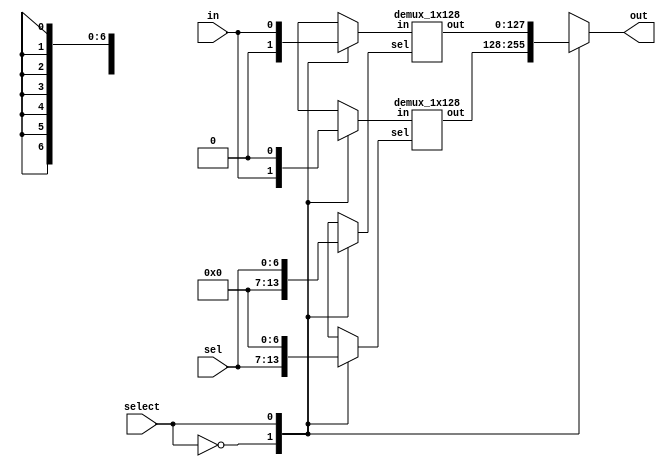
module demux_128_2 (in,sel,out,select);
    input in;
    input [6:0]sel;
    output [127:0]out;
    input select;
    
    reg in_internal0, in_internal1;
    reg [6:0] sel_internal0, sel_internal1;
    wire [127:0] out_internal0, out_internal1 ;
    reg [127:0] out_t;
    always @(*)
    begin
        case(select)
        1'b0:
        begin
            in_internal0  = in;
            sel_internal0 = sel;
            out_t = out_internal0;
            in_internal1  =  0;
            sel_internal1 = 0;
        end
        1'b1:
        begin
            in_internal0  = 0;
            sel_internal0 = 0;
            in_internal1  =  in;
            sel_internal1 = sel;
            out_t = out_internal1;
        end  
    endcase
    end
       
    
    demux_1x128 inst0(
        .in(in_internal0),
        .sel(sel_internal0),
        .out(out_internal0)
        );
        demux_1x128 inst1(
            .in(in_internal1),
            .sel(sel_internal1),
            .out(out_internal1)
            );
    assign out =out_t;
endmodule

module demux_1x128 (in,sel,out);
input in;
input [6:0] sel;
output [127:0] out;
wire [1:0] out_w;

demux_1x2 d128_0(.in(in),.sel(sel[6]),.out(out_w[1:0]));
demux_1x64 d128_1(.in(out_w[0]),.sel(sel[5:0]),.out(out[63:0]));
demux_1x64 d128_2(.in(out_w[1]),.sel(sel[5:0]),.out(out[127:64]));

endmodule

module demux_1x64 (in,sel,out);
input in;
input [5:0] sel;
output [63:0] out;
wire [1:0] out_w;

demux_1x2 d64_0(.in(in),.sel(sel[5]),.out(out_w[1:0]));
demux_1x32 d64_1(.in(out_w[0]),.sel(sel[4:0]),.out(out[31:0]));
demux_1x32 d64_2(.in(out_w[1]),.sel(sel[4:0]),.out(out[63:32]));

endmodule

module demux_1x32 (in,sel,out);
input in;
input [4:0] sel;
output [31:0] out;
wire [1:0] out_w;

demux_1x2 d32_0(.in(in),.sel(sel[4]),.out(out_w[1:0]));
demux_1x16 d32_1(.in(out_w[0]),.sel(sel[3:0]),.out(out[15:0]));
demux_1x16 d32_2(.in(out_w[1]),.sel(sel[3:0]),.out(out[31:16]));

endmodule


module demux_1x16 (in,sel,out);
input in;
input [3:0] sel;
output [15:0] out;
wire [1:0] out_w;

demux_1x2 d16_0(.in(in),.sel(sel[3]),.out(out_w[1:0]));
demux_1x8 d16_1(.in(out_w[0]),.sel(sel[2:0]),.out(out[7:0]));
demux_1x8 d16_2(.in(out_w[1]),.sel(sel[2:0]),.out(out[15:8]));

endmodule

module demux_1x8 (in,sel,out);
input in;
input [2:0] sel;
output [7:0] out;
wire [1:0] out_w;

demux_1x2 d8_0(.in(in),.sel(sel[2]),.out(out_w[1:0]));
demux_1x4 d8_1(.in(out_w[0]),.sel(sel[1:0]),.out(out[3:0]));
demux_1x4 d8_2(.in(out_w[1]),.sel(sel[1:0]),.out(out[7:4]));

endmodule 

module demux_1x4 (in,sel,out);
input in;
input [1:0] sel;
output [3:0] out;
wire [1:0]out_w;

demux_1x2 d4_0(.in(in),.sel(sel[1]),.out(out_w));
demux_1x2 d4_1(.in(out_w[0]),.sel(sel[0]),.out(out[1:0]));
demux_1x2 d4_2(.in(out_w[1]),.sel(sel[0]),.out(out[3:2]));


endmodule 

module demux_1x2 (in,sel,out);
input in,sel;
output [1:0] out;

assign out[0] = (sel==0) ? in :0;
assign out[1] = (sel==1) ? in :0;

endmodule